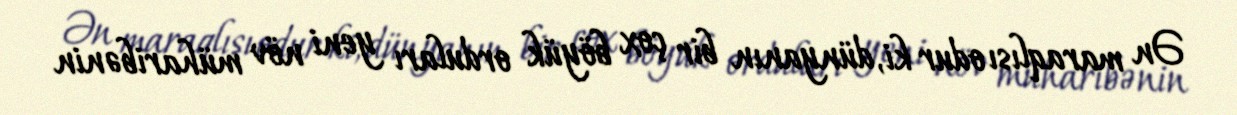
Ən maraqlısı odur ki, dünyanın bir çox böyük orduları yeni növ müharibənin